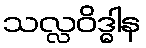
သလ္လဝိဒ္ဓါန